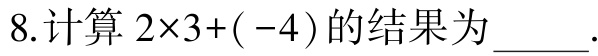
七年级( 上)期末考试\\数学模拟试题( 三)